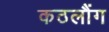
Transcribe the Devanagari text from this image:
कठलौंग